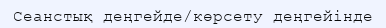
Сеанстық деңгейде/көрсету деңгейінде